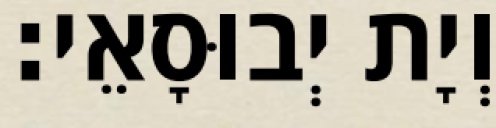
וְיָת יְבוּסָאֵי׃